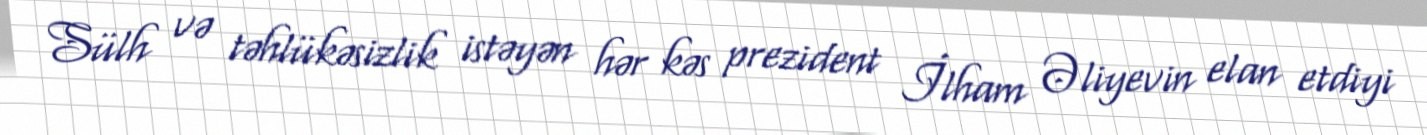
Sülh və təhlükəsizlik istəyən hər kəs prezident İlham Əliyevin elan etdiyi